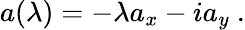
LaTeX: a(\lambda)=-\lambda a_{x}-ia_{y}\ .